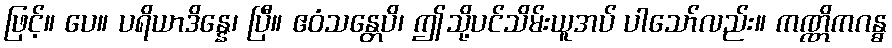
ဖြင့်။ ပေ။ ပရိယာဒိန္နေ၊ ပြီ။ ဧဝံသန္တေပိ၊ ဤသို့ပင်သိမ်းယူအပ် ပါသော်လည်း။ ကဏ္ဏိကဂန္ဓ